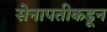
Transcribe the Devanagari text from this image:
सेनापतीकडून